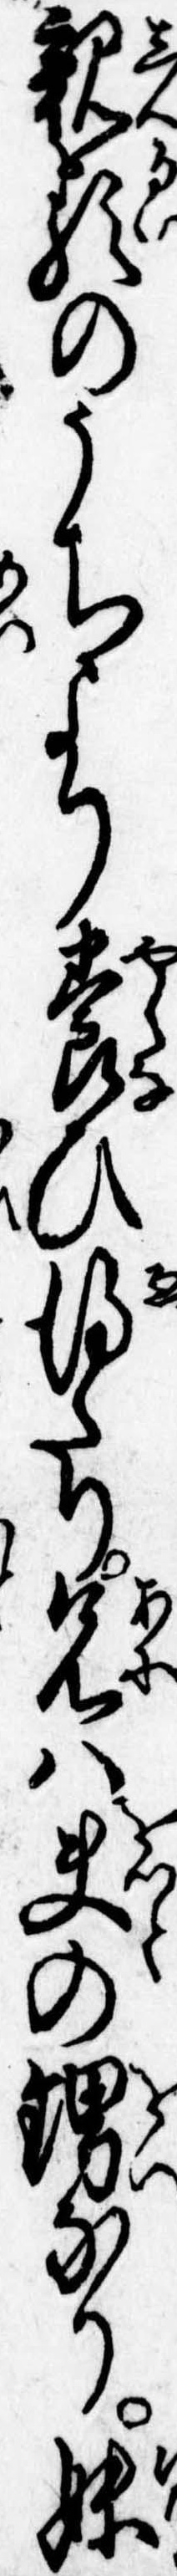
親類のうちより養ひ得たり兄は夫の甥なり妹